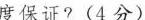
度保证?(4分)